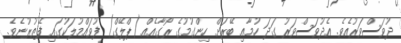
ދުވަސްވަރުއެވެ. އެދުވަސްވަރު ގަދަ ހުމާއި ބޭރަށް ހިންގުމުގެ ރޯގާއެއް (ޕްލޭގް) ފުވައްމުލަކުގައި ފެތުރުނެވެ.